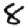
Digit: 8